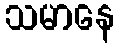
သမာနေ